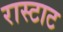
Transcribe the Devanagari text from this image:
रास्टाट